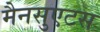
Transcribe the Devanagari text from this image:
मैनसुएटस